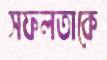
সফলতাকে